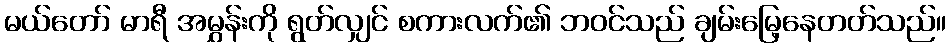
မယ်တော် မာရီ အမွှန်းကို ရွတ်လျှင် စကားလက်၏ ဘဝင်သည် ချမ်းမြေ့နေတတ်သည်။